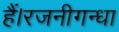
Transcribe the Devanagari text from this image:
हैं।रजनीगन्धा